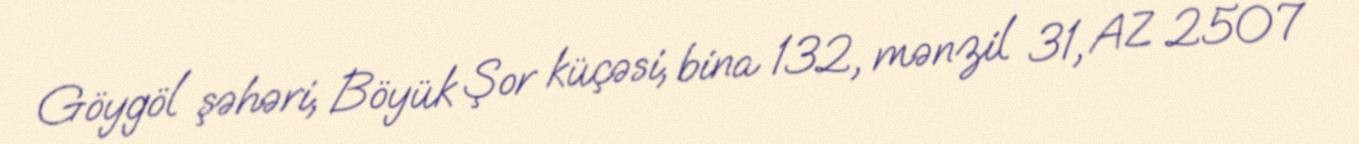
Göygöl şəhəri, Böyük Şor küçəsi, bina 132, mənzil 31, AZ 2507